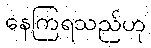
နေကြရသည်ဟု